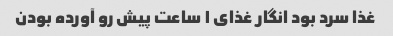
غذا سرد بود انگار غذای ١ ساعت پیش رو آورده بودن